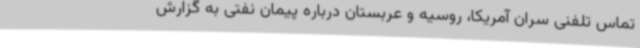
تماس تلفنی سران آمریکا، روسیه و عربستان درباره پیمان نفتی به گزارش